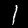
Digit: 1